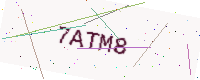
Text: 7ATM8